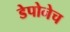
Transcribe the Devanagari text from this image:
डेपोनेच